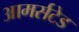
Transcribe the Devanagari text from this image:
आमर्सटेड